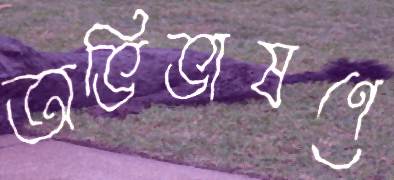
অভিভাষণে